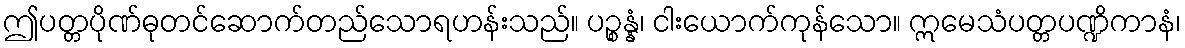
ဤပတ္တပိုဏ်ဓုတင်ဆောက်တည်သောရဟန်းသည်။ ပဉ္စန္နံ၊ ငါးယောက်ကုန်သော။ ဣမေသံပတ္တပဏ္ဍိကာနံ၊